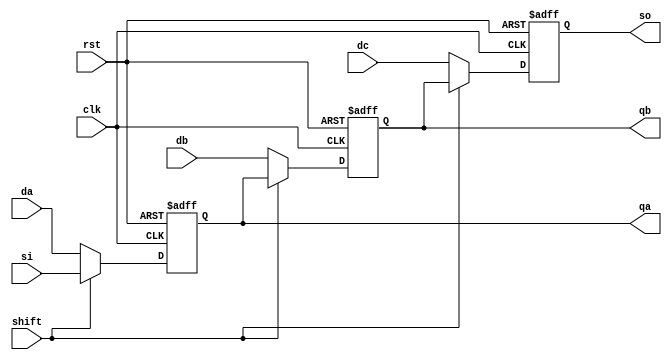
//PISO CODE
module PISO(clk,rst,shift,si,da,db,dc,qa,qb,so);
  input clk,rst,shift,si,da,db,dc;
  output qa,qb,so;
  reg qa,qb,so;
  always @(posedge clk or posedge rst)
  if(rst)begin
    qa<=1'b0;
    qb<=1'b0;
    so<=1'b0;
  end
  else begin
  if(~shift)
  begin
    qa<=da;
    qb<=db;
    so<=dc;
  end
  else if(shift)
  begin
    qa<=si;
    qb<=qa;
    so<=qb;
  end
  end
endmodule